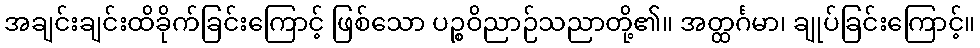
အချင်းချင်းထိခိုက်ခြင်းကြောင့် ဖြစ်သော ပဉ္စဝိညာဉ်သညာတို့၏။ အတ္ထင်္ဂမာ၊ ချုပ်ခြင်းကြောင့်။